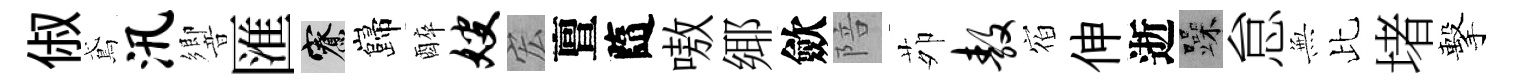
俶鳶汛響匯寮巋醉嫂宏亶隨嗷鄊歛陪茆敖𪧐伸逝躁怠𭴾比堵擊